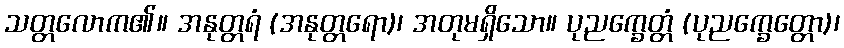
သတ္တလောက၏။ အနုတ္တရံ (အနုတ္တရော)၊ အတုမရှိသော။ ပုညက္ခေတ္တံ (ပုညက္ခေတ္တော)၊